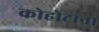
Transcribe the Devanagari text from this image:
कोहोटाना